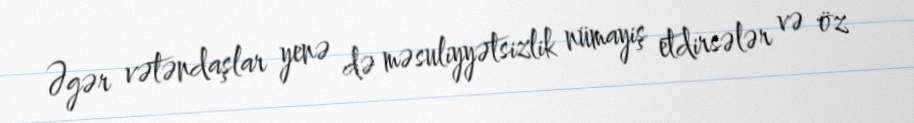
Əgər vətəndaşlar yenə də məsuliyyətsizlik nümayiş etdirsələr və öz